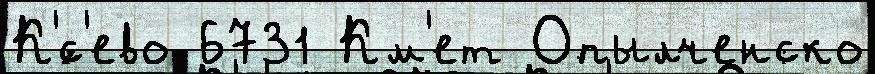
К'́с'ево 6731 Км'ет Опылченско